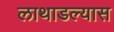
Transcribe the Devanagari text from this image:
लाथाडल्यास